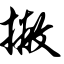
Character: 撇